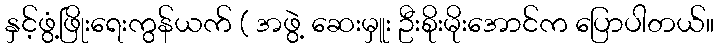
နှင့်ဖွံ့ဖြိုးရေးကွန်ယက် ( အဖွဲ့ ဆေးမှူး ဦးစိုးမိုးအောင်က ပြောပါတယ်။